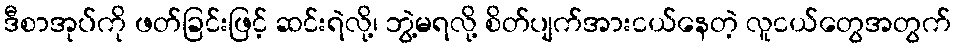
ဒီစာအုပ်ကို ဖတ်ခြင်းဖြင့် ဆင်းရဲလို့၊ ဘွဲ့မရလို့ စိတ်ပျက်အားငယ်နေတဲ့ လူငယ်တွေအတွက်